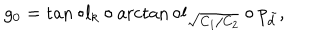
g _ { 0 } = \tan \circ l _ { k } \circ \operatorname { a r c t a n } \circ l _ { \sqrt { C _ { 1 } / C _ { 2 } } } \circ p _ { \tilde { d } } ,